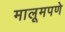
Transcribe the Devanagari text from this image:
मालूमपणे